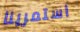
استمرينا